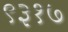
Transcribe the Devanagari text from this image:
९३१७